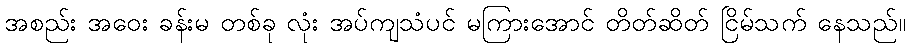
အစည်း အဝေး ခန်းမ တစ်ခု လုံး အပ်ကျသံပင် မကြားအောင် တိတ်ဆိတ် ငြိမ်သက် နေသည်။